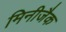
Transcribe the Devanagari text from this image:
मिनीजैक